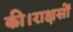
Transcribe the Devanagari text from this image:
की।राक्षसों